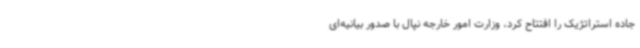
جاده استراتژیک را افتتاح کرد، وزارت امور خارجه نپال با صدور بیانیه‌ای